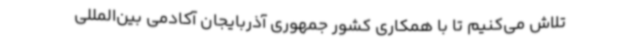
تلاش می‌کنیم تا با همکاری کشور جمهوری آذربایجان آکادمی بین‌المللی